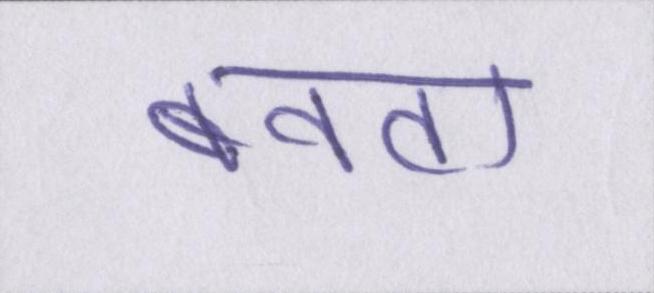
बनता